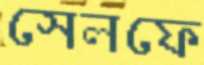
সেলফে